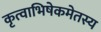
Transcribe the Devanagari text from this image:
कृत्वाभिषेकमेतस्य